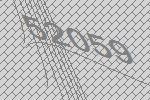
52059